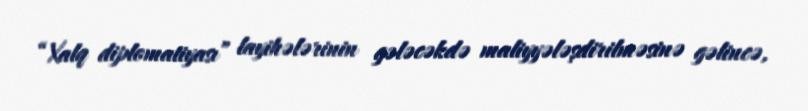
“Xalq diplomatiyası” layihələrinin gələcəkdə maliyyələşdirilməsinə gəlincə,